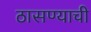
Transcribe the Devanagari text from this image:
ठासण्याची